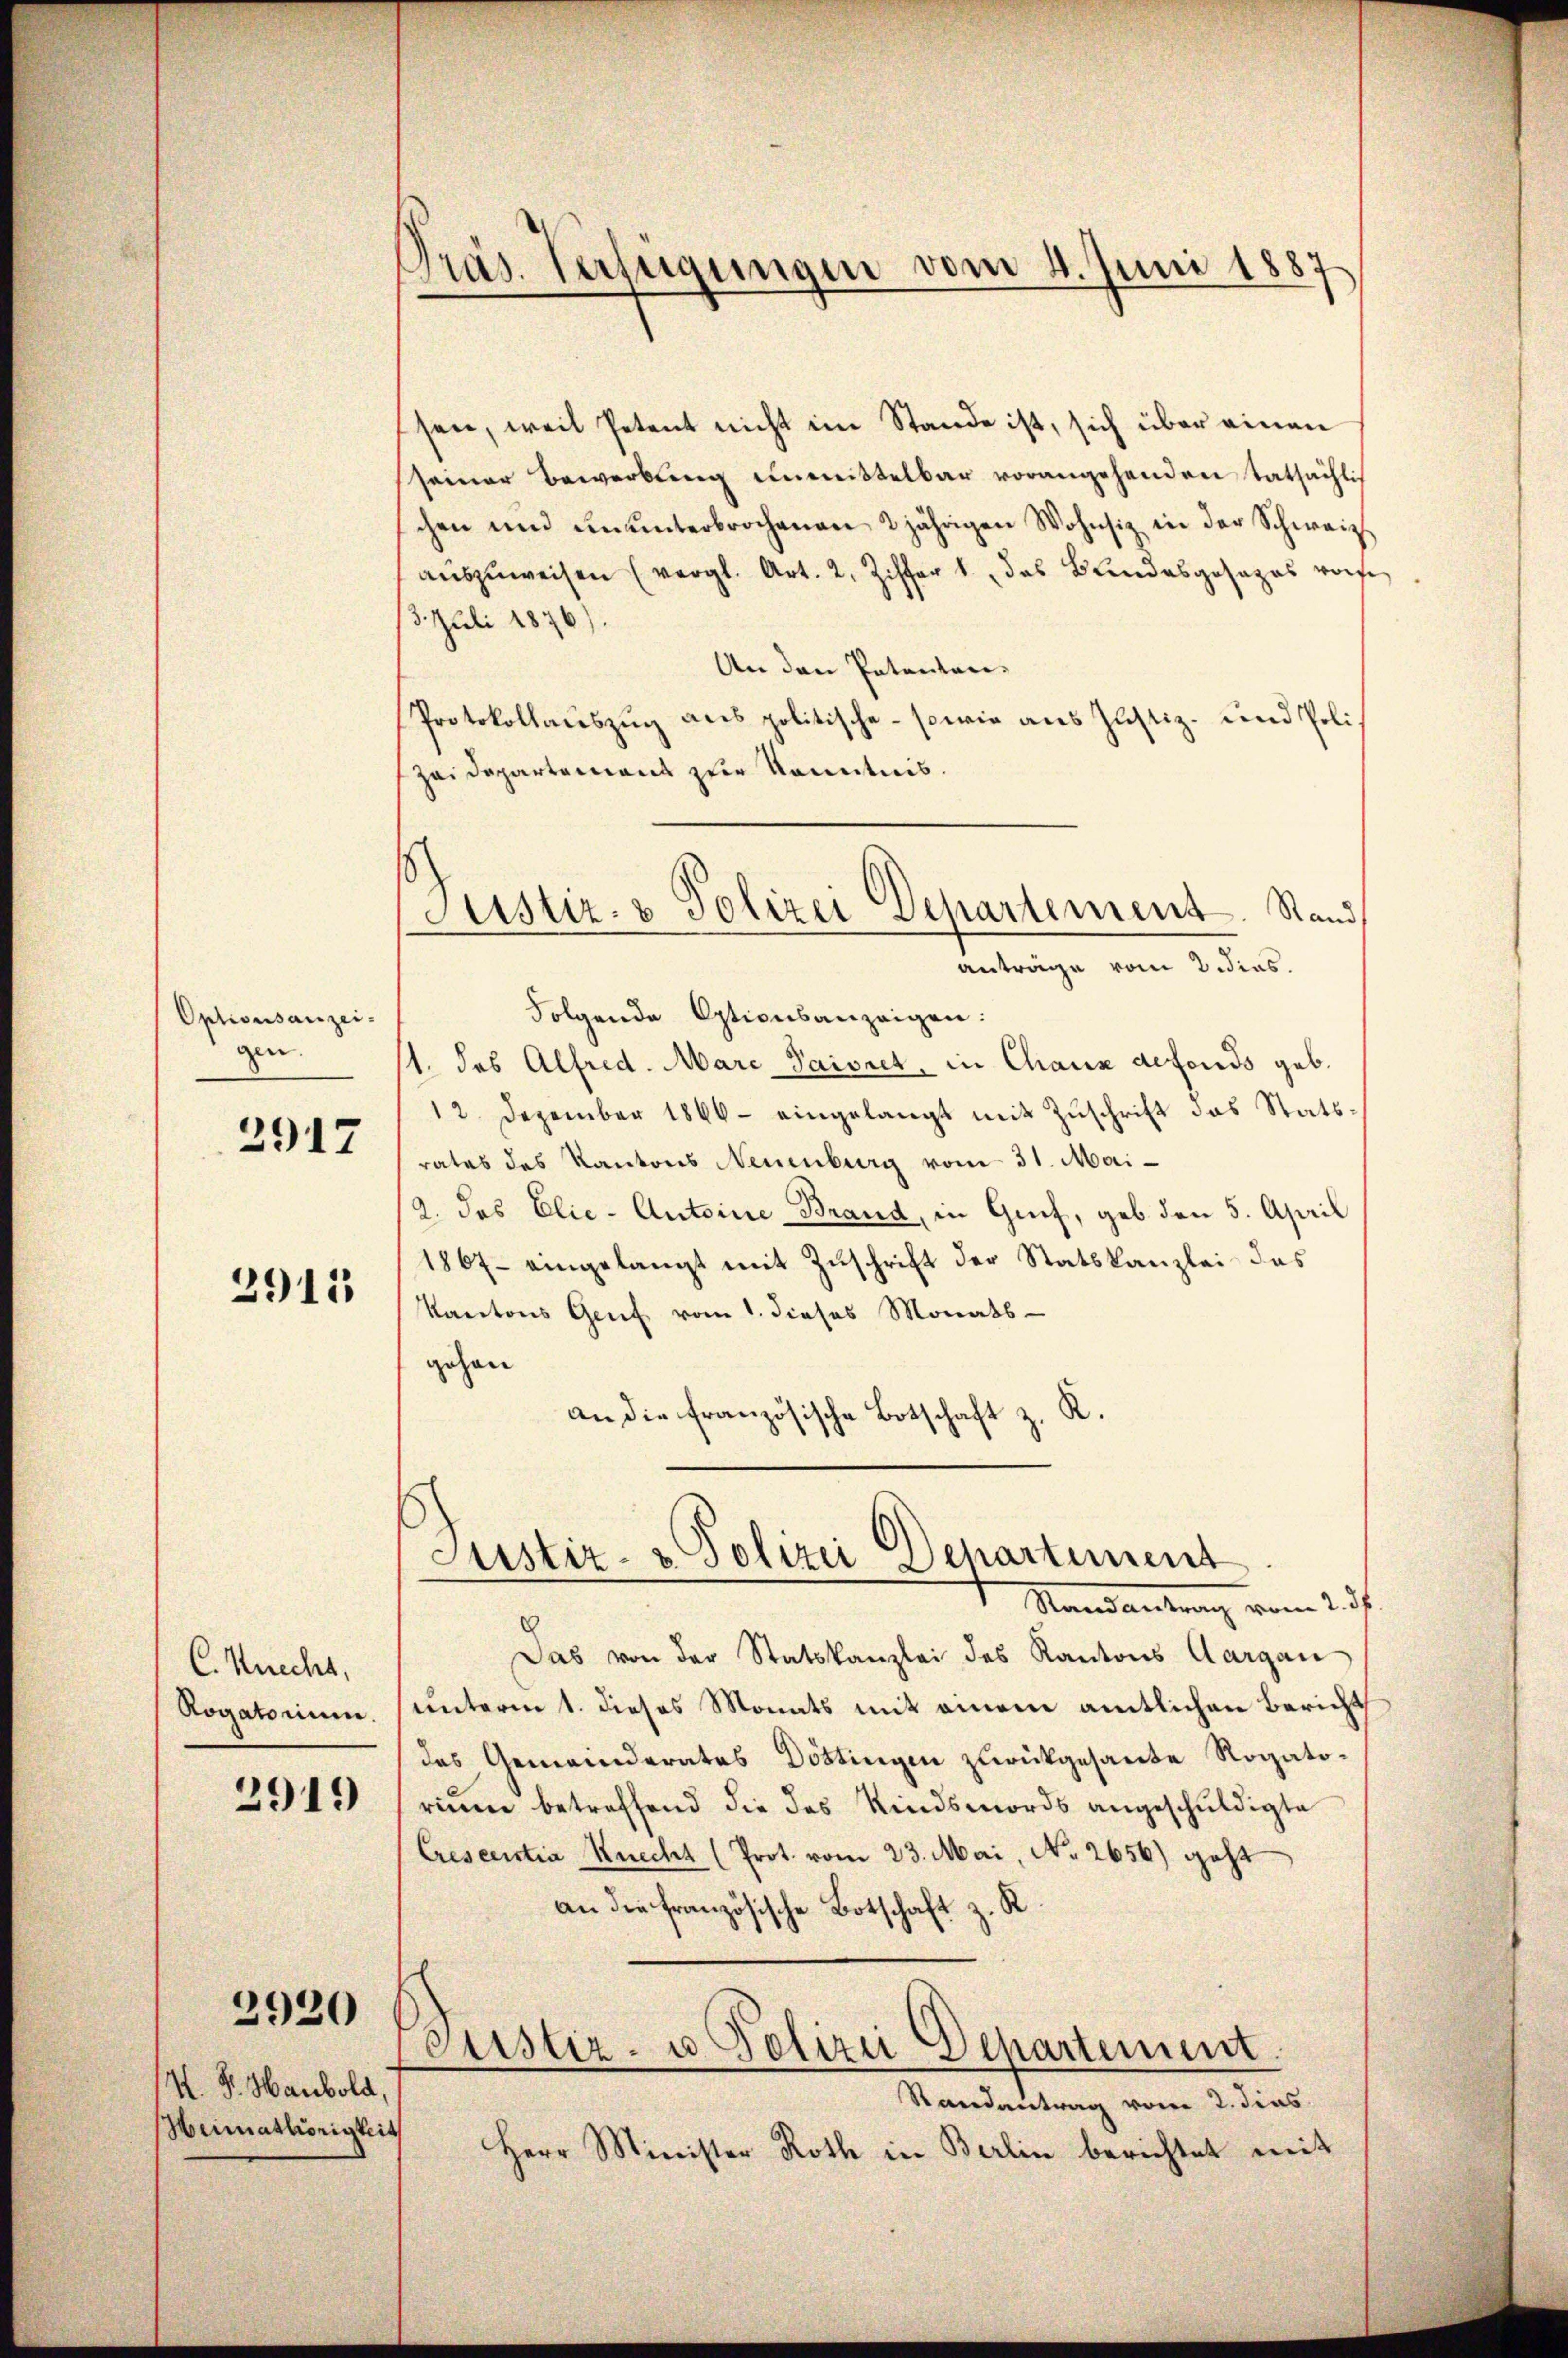
Optionsanzeigen.

2917

2915

C. Knecht,
Rogatorium.

2919

K. G. Haubold,
Heimathörigkeit

2920

Präs. Verfügungen vom 4. Juni 1887

Justiz- & Polizei Departement. Stand,
anträge vom 2 dies

sen, weil Petent nicht im Stande ist, sich über einen
seiner Bewerbung unmittelbar vorangehenden tatsächlich
chen und ununterbrochenen 2 jährigen Wohnsiz in der Schweiz.
aŭszŭweisen (vergl. Art. 2, Ziffer 1., das Bundesgesezes vorf
3. Juli 1876)
An den Patentari-
Protokollauszug aus politische - sowie aus Justiz- und Poli¬
Zei Departement zur Kenntnis.
Folgende Optionsanzeigen:
/1. des Alfred. Marc Paisret, in Chaux defonds geb.
12. Dezember 1866 eingelangt mit Zŭschrift das Stats-
rates des Kantons Neuenburg vom 31. Mai-
2. das Elie - Antoine Brand, in Genf, geb den 5. April
1867 eingelangt mit Zŭschrift der Statskanzlei das
Kantons Genf vom 1. dieses Monats-
gehen
an die französische Botschaft z. R.

Justiz- & Polizei Departement

Standsantrag vom 25.
Das von der Statskanzlei des Kantons Aargau
unterm 1. dieses Monats mit einem amtlichen Bericht
des Gemeinderates Döttingen zurückgesante Rogatorium betreffend die das Kindsmords angeschuldigte
Crescentia Knecht (Prot. vom 23. Mai, No. 2656) geht
an die französische Botschaft z. K

Justiz- u Polizei Departement.

Randantrag vom 2. dies
Herr Minister Roth in Berlin berichtet mit